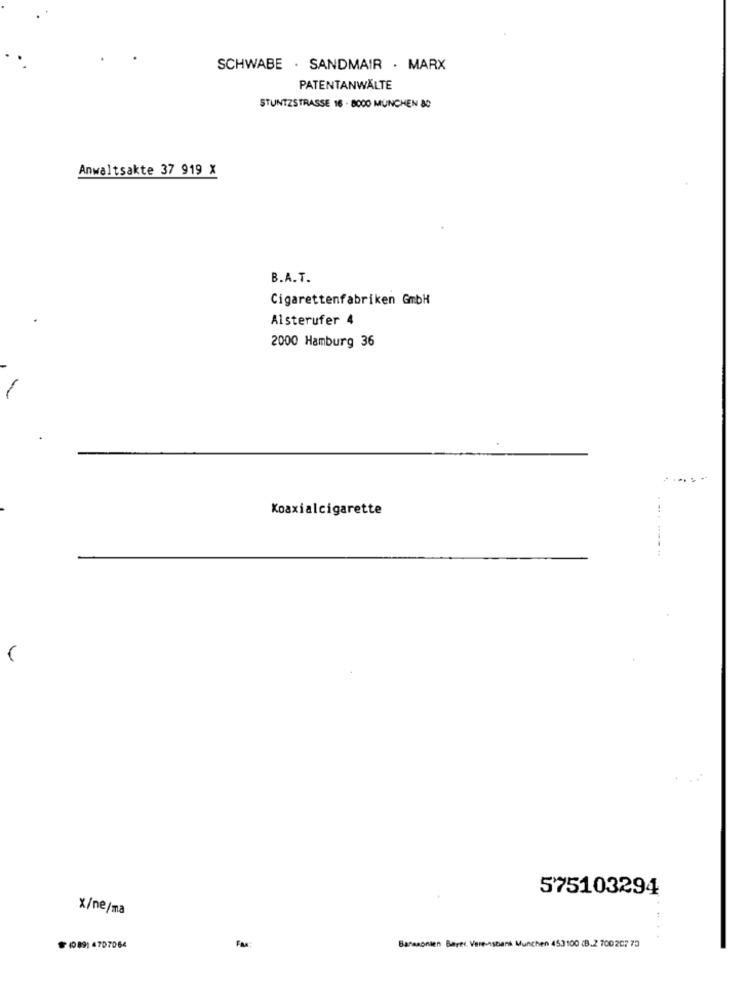
SCHWABE . SANDMAIR . MARX
PATENTANWÄLTE
STUNTZSTRASSE 16 - 800O MUNCHEN 80
Anwaltsakte 37 919 X
B.A.T.
Cigarettenfabriken GmbH
Alsterufer 4
2000 Hamburg 36
Koaxialcigarette
575103294
X/ne/ma
1089: 4707064
Fax:
Banasonien Baret. Vere-Asbank Munchen 453100 (B.2 700 207 75